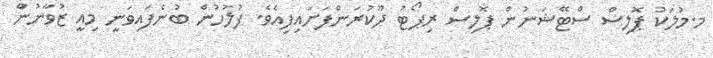
މ.މުލަކު ޕޮލިސް ސްޓޭޝަނުން ޕޮލިސް ރިޕޯޓު ދޫކުރަންފަށައިފިއެވެ. ފުލުހުން ބުނެފައިވަނީ މިއީ ޒުވާނުން